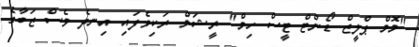
"މޮމް ޕްލީޒް ޑޯންޓް ޓީސް ހިމް" ރީޝަމް ރަކިވެފައި އިނދެ ވެސް ޒަބާގެ